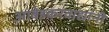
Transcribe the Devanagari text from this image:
आंबेडकरवाद्यांनी